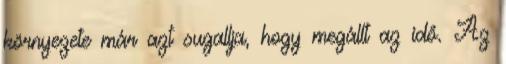
környezete már azt sugallja, hogy megállt az idő. Az